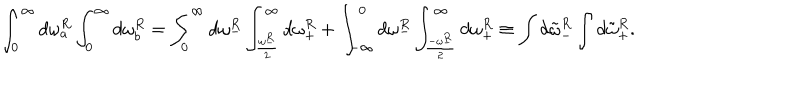
\int _ { 0 } ^ { \infty } d \omega _ { a } ^ { R } \int _ { 0 } ^ { \infty } d \omega _ { b } ^ { R } = \int _ { 0 } ^ { \infty } d \omega _ { - } ^ { R } \int _ { \frac { \omega _ { - } ^ { R } } { 2 } } ^ { \infty } d \omega _ { + } ^ { R } + \int _ { - \infty } ^ { 0 } d \omega _ { - } ^ { R } \int _ { \frac { - \omega _ { - } ^ { R } } { 2 } } ^ { \infty } d \omega _ { + } ^ { R } \equiv \int d { \tilde { \omega } } _ { - } ^ { R } \int d { \tilde { \omega } } _ { + } ^ { R } .